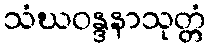
သံဃဝန္ဒနာသုတ္တံ